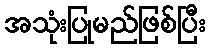
အသုံးပြုမည်ဖြစ်ပြီး